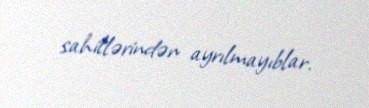
sahillərindən ayrılmayıblar.